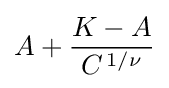
A+{K-A \over C^{\,1/\nu }}